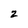
Character: 2